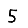
Digit: 5